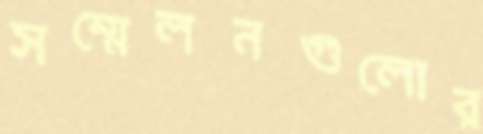
সম্মেলনগুলোর